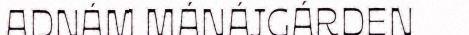
ADNÁM MÁNÁJGÁRDEN